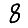
Digit: 8